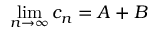
\operatorname* { l i m } _ { n \to \infty } c _ { n } = A + B